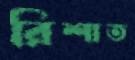
রিশাত